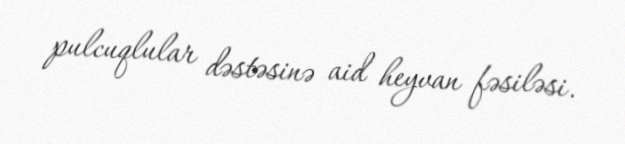
pulcuqlular dəstəsinə aid heyvan fəsiləsi.